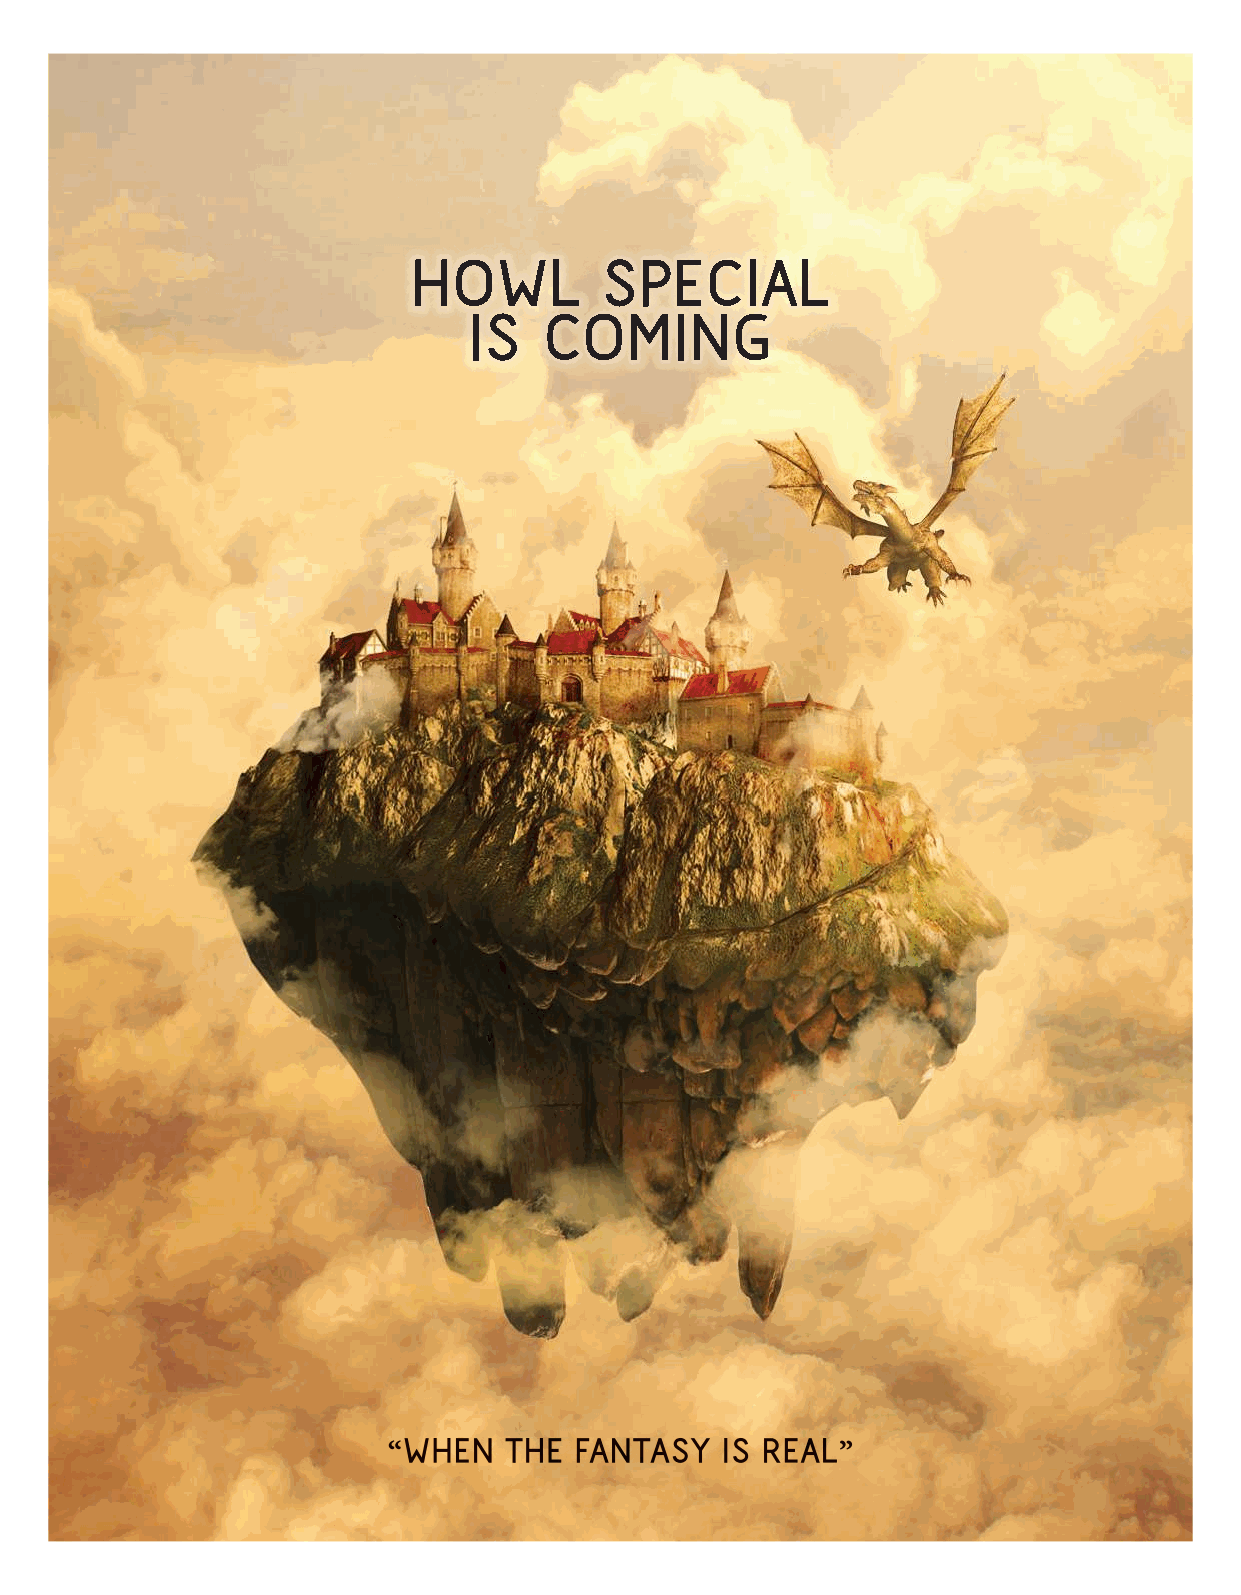
HOWL         SPECIAL
 IS   COMING
 WHEN  THE  FANTASY   IS REAL
 090